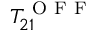
T _ { 2 1 } ^ { \mathrm { ~ O ~ F ~ F ~ } }